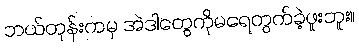
ဘယ်တုန်းကမှ အဲဒါတွေကိုမရေတွက်ခဲ့ဖူးဘူး။